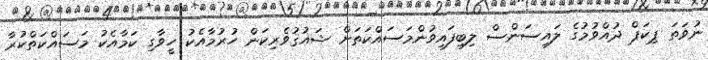
ނުވަތަ ޕިކަޕް ދުއްވުމުގެ ލައިސަންސް ލިބިފައިވުންމަސައްކަތަށް ޝައުޤުވެރިކަން ހުރުމާއެކު ހީވާގި ކަމާއެކު މަސައްކަތްކުރާ